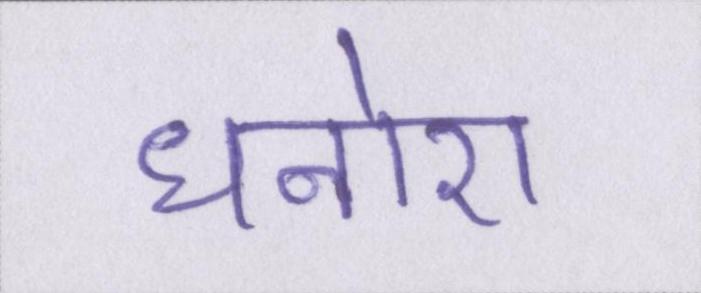
धनोरा